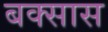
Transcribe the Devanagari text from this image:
बक्सास